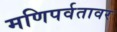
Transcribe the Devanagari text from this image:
मणिपर्वतावर